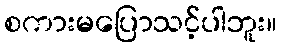
စကားမပြောသင့်ပါဘူး။